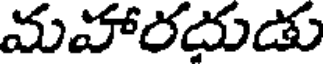
మహారదుడు